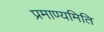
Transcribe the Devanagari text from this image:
प्रमाण्यमिति